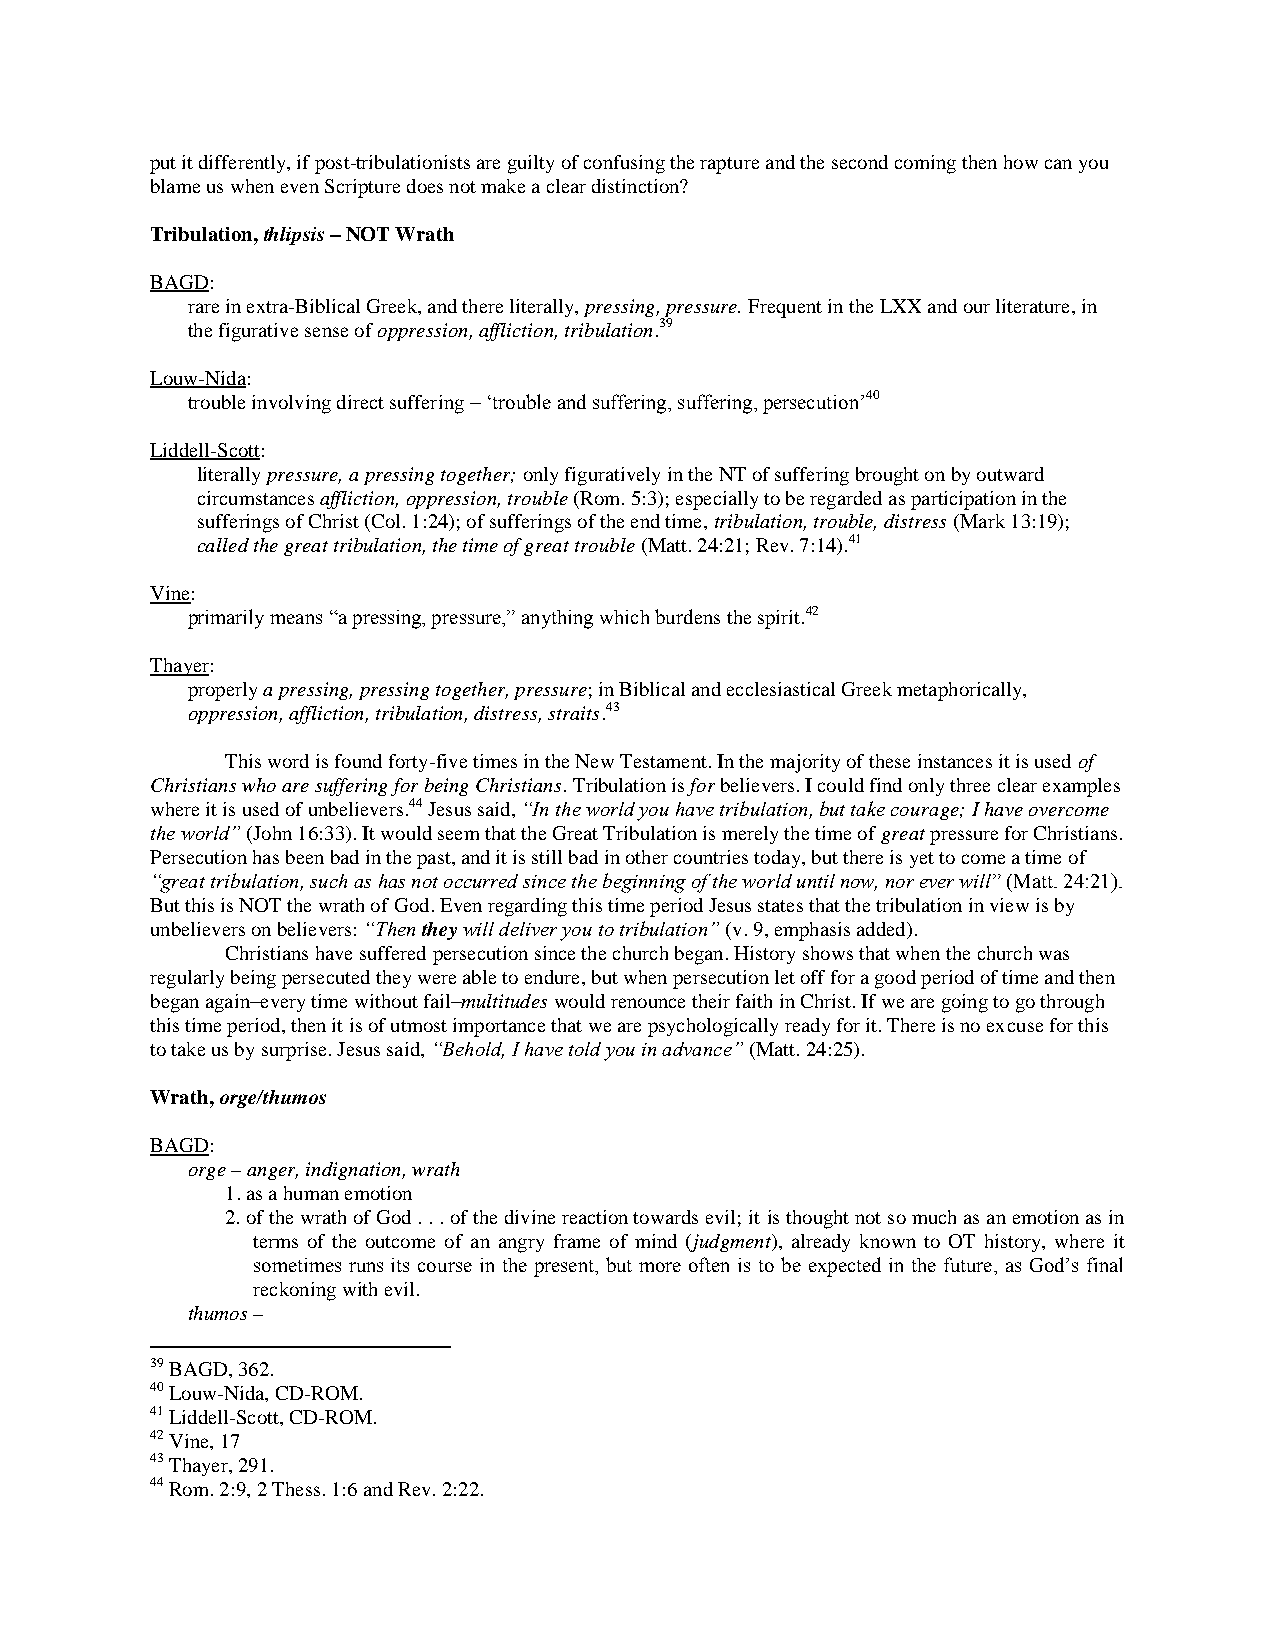
put it differently, if post-tribulationists are guilty of confusing the rapture and the second coming then how can you
 blame us when even Scripture does not make a clear distinction?
 Tribulation, thlipsis – NOT Wrath
 BAGD:
 rare in extra-Biblical Greek, and there literally, pressing, pressure. Frequent in the LXX and our literature, in
 the figurative sense of oppression, affliction, tribulation.39
 Louw-Nida:
 trouble involving direct suffering – „trouble and suffering, suffering, persecution‟40
 Liddell-Scott:
 literally pressure, a pressing together; only figuratively in the NT of suffering brought on by outward
 circumstances affliction, oppression, trouble (Rom. 5:3); especially to be regarded as participation in the
 sufferings of Christ (Col. 1:24); of sufferings of the end time, tribulation, trouble, distress (Mark 13:19);
 called the great tribulation, the time of great trouble (Matt. 24:21; Rev. 7:14).41
 Vine:
 primarily means “a pressing, pressure,” anything which burdens the spirit.42
 Thayer:
 properly a pressing, pressing together, pressure; in Biblical and ecclesiastical Greek metaphorically,
 oppression, affliction, tribulation, distress, straits.43
 This word is found forty-five times in the New Testament. In the majority of these instances it is used of
 Christians who are suffering for being Christians. Tribulation is for believers. I could find only three clear examples
 where it is used of unbelievers.44 Jesus said, “In the world you have tribulation, but take courage; I have overcome
 the world” (John 16:33). It would seem that the Great Tribulation is merely the time of great pressure for Christians.
 Persecution has been bad in the past, and it is still bad in other countries today, but there is yet to come a time of
 “great tribulation, such as has not occurred since the beginning of the world until now, nor ever will” (Matt. 24:21).
 But this is NOT the wrath of God. Even regarding this time period Jesus states that the tribulation in view is by
 unbelievers on believers: “Then they will deliver you to tribulation” (v. 9, emphasis added).
 Christians have suffered persecution since the church began. History shows that when the church was
 regularly being persecuted they were able to endure, but when persecution let off for a good period of time and then
 began again–every time without fail–multitudes would renounce their faith in Christ. If we are going to go through
 this time period, then it is of utmost importance that we are psychologically ready for it. There is no excuse for this
 to take us by surprise. Jesus said, “Behold, I have told you in advance” (Matt. 24:25).
 Wrath, orge/thumos
 BAGD:
 orge – anger, indignation, wrath
 1. as a human emotion
 2. of the wrath of God . . . of the divine reaction towards evil; it is thought not so much as an emotion as in
 terms of the outcome of an angry frame of mind (judgment), already known to OT history, where it
 sometimes runs its course in the present, but more often is to be expected in the future, as God‟s final
 reckoning with evil.
 thumos –
 39 BAGD, 362.
 40 Louw-Nida, CD-ROM.
 41 Liddell-Scott, CD-ROM.
 42 Vine, 17
 43 Thayer, 291.
 44 Rom. 2:9, 2 Thess. 1:6 and Rev. 2:22.